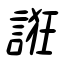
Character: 誑